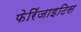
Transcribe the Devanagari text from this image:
फेरिंजाइटिस